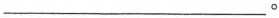
___。